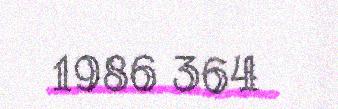
1986 364